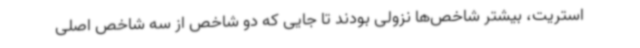
استریت، بیشتر شاخص‌ها نزولی بودند تا جایی که دو شاخص از سه شاخص اصلی